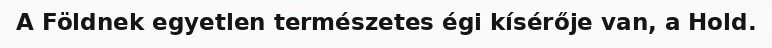
A Földnek egyetlen természetes égi kísérője van, a Hold.